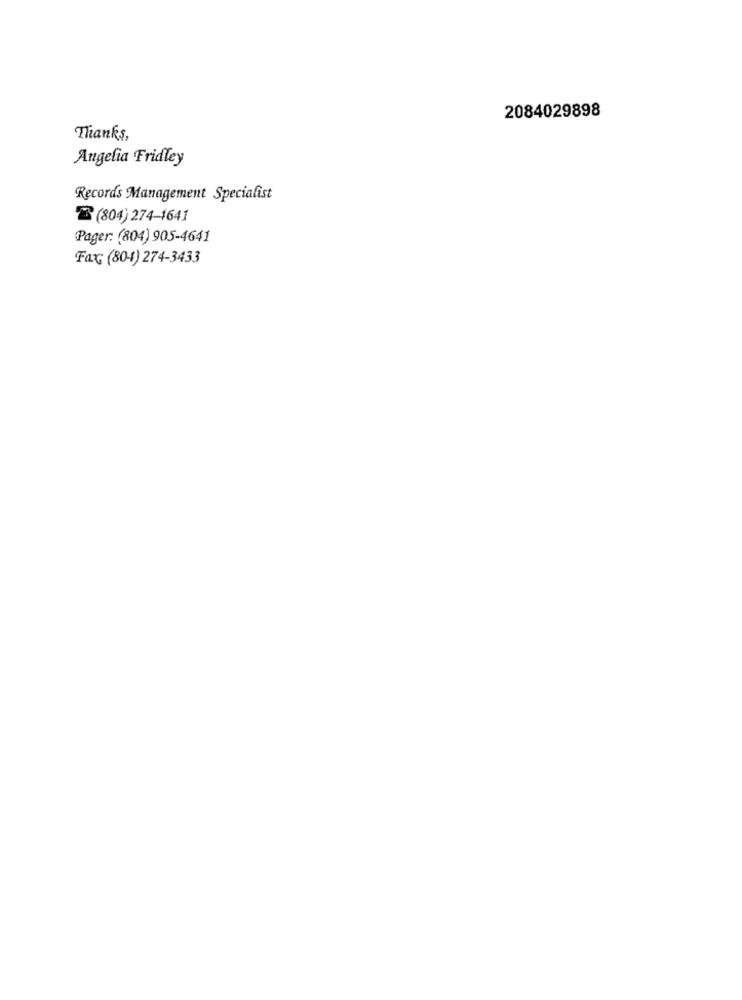
2084029898
Thanks,
Angelia Fridley
Records Management Specialist
2 (804) 274-1641
Pager: (804) 905-4641
Fax: (80-1) 274-3433